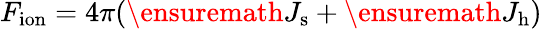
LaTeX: F_{\mathrm{ion}}=4\pi(\ensuremath{J_{\mathrm{s}}}+\ensuremath{J_{\mathrm{h}}})